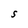
Character: S